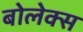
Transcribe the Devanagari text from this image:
बोलेक्स